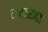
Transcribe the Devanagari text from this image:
राजनसोबत